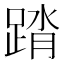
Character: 䠌